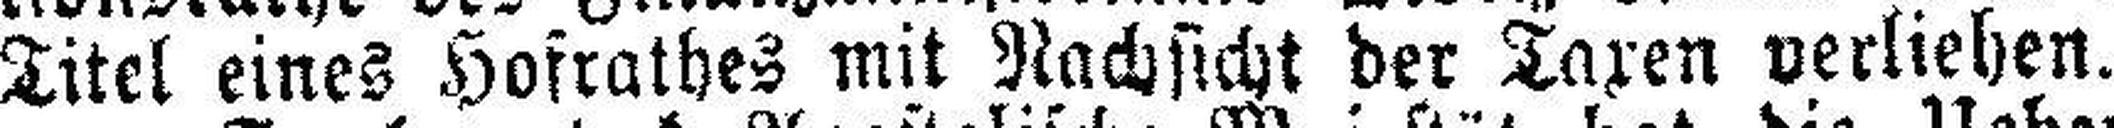
Titel eines Hofrathes mit Nachsicht der Taxen verliehen.